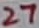
Text: 27